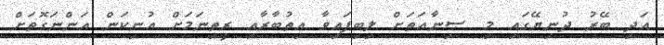
އަދި ބޭރު ދުނިޔޭގައި މި ޞިނާޢަތަށް ލިބިފައިވާ އިތުބާރާއި ރީތިނަމަށް އުނިކަން އަންނަގޮތަށް